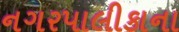
નગરપાલીકાના